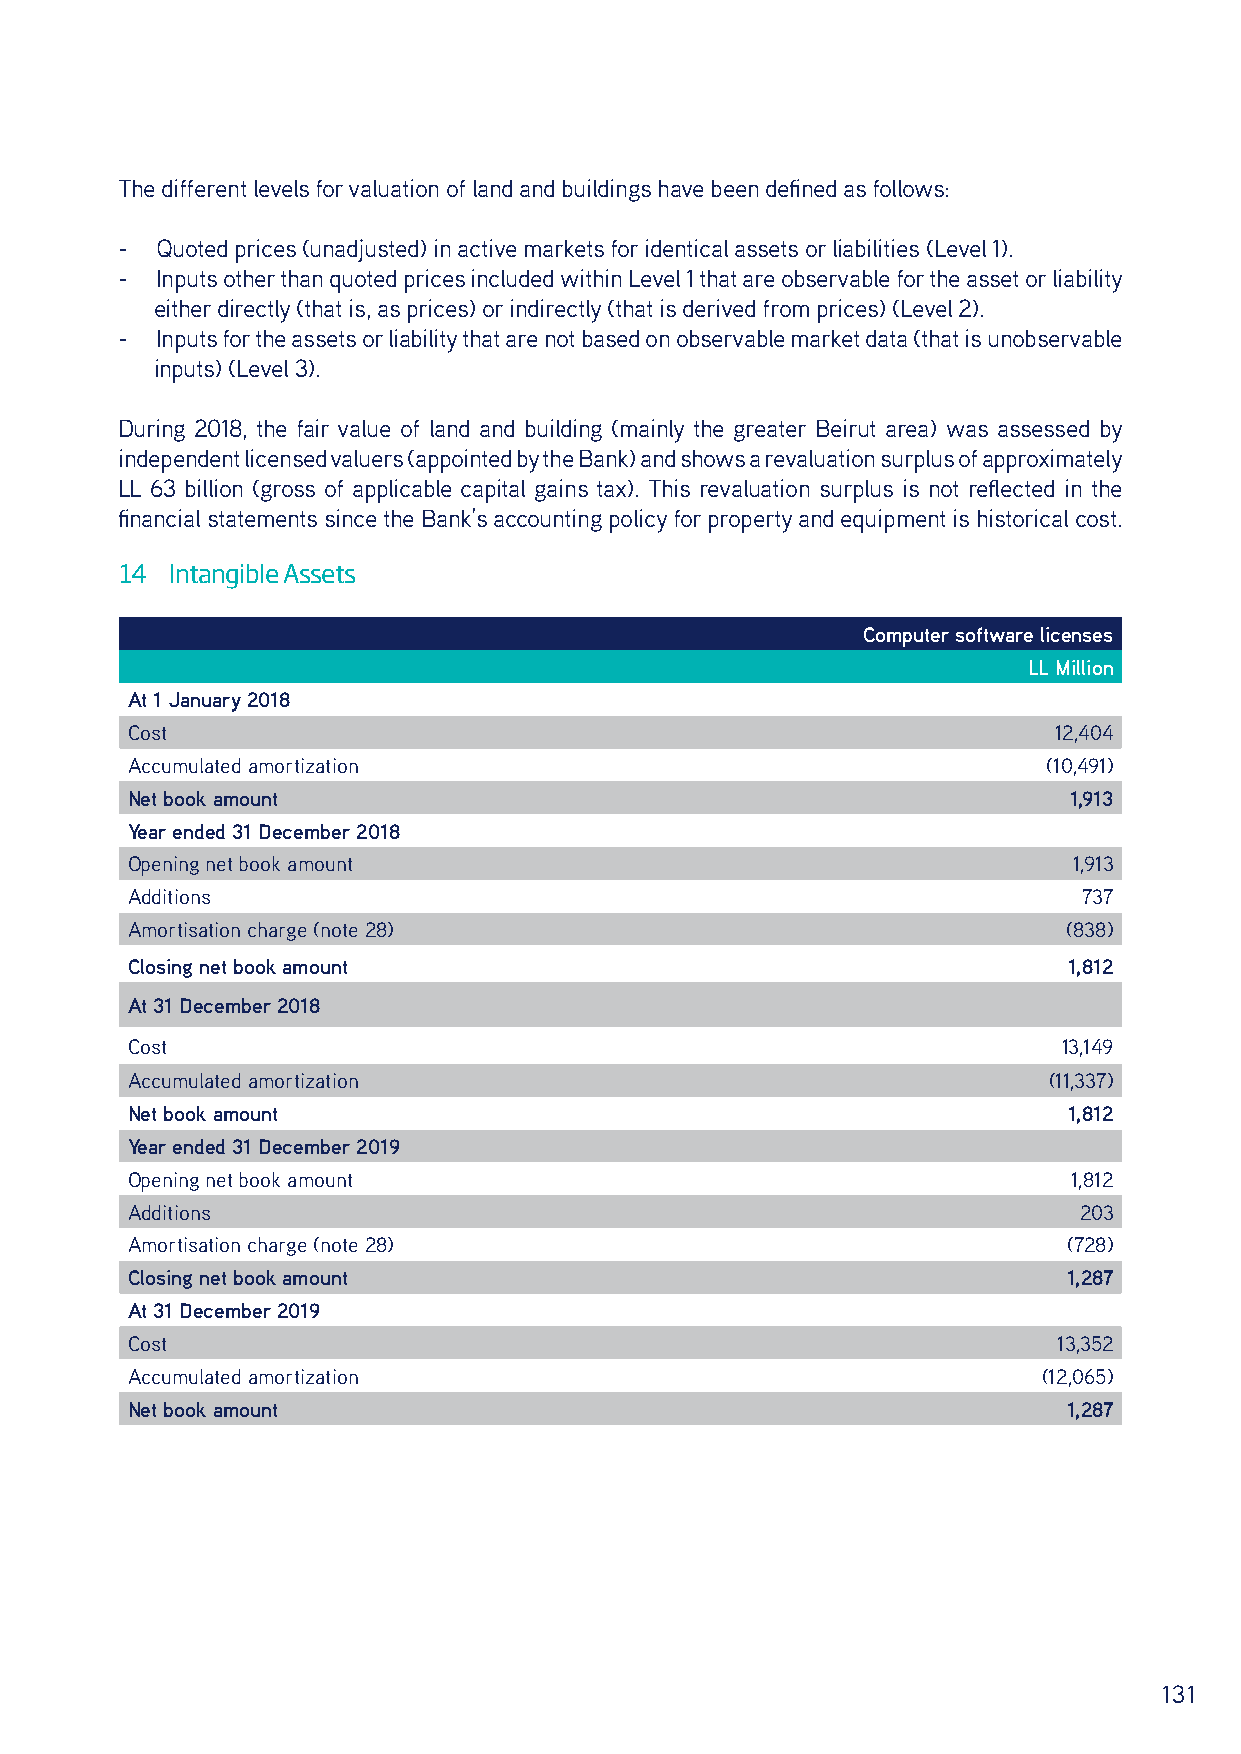
The different levels for valuation of land and buildings have been defined as follows:
 - Quoted prices (unadjusted) in active markets for identical assets or liabilities (Level 1).
 - Inputs other than quoted prices included within Level 1 that are observable for the asset or liability
 either directly (that is, as prices) or indirectly (that is derived from prices) (Level 2).
 - Inputs for the assets or liability that are not based on observable market data (that is unobservable
 inputs) (Level 3).
 During 2018, the fair value of land and building (mainly the greater Beirut area) was assessed by
 independent licensed valuers (appointed by the Bank) and shows a revaluation surplus of approximately
 LL 63 billion (gross of applicable capital gains tax). This revaluation surplus is not reflected in the
 financial statements since the Bank’s accounting policy for property and equipment is historical cost.
 14 Intangible Assets
 Computer software licenses
 LL Million
 At 1 January 2018
 Cost                                                          12,404
 Accumulated amortization                                     (10,491)
 Net book amount                                                1,913
 Year ended 31 December 2018
 Opening net book amount                                        1,913
 Additions                                                       737
 Amortisation charge (note 28)                                  (838)
 Closing net book amount                                        1,812
 At 31 December 2018
 Cost                                                          13,149
 Accumulated amortization                                     (11,337)
 Net book amount                                                1,812
 Year ended 31 December 2019
 Opening net book amount                                        1,812
 Additions                                                      203
 Amortisation charge (note 28)                                  (728)
 Closing net book amount                                        1,287
 At 31 December 2019
 Cost                                                          13,352
 Accumulated amortization                                     (12,065)
 Net book amount                                                1,287
 131